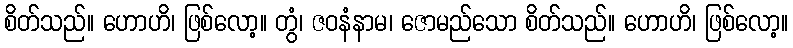
စိတ်သည်။ ဟောဟိ၊ ဖြစ်လော့။ တွံ၊ ဇဝနံနာမ၊ ဇောမည်သော စိတ်သည်။ ဟောဟိ၊ ဖြစ်လော့။